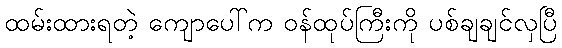
ထမ်းထားရတဲ့ ကျောပေါ်က ဝန်ထုပ်ကြီးကို ပစ်ချချင်လှပြီ